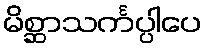
မိစ္ဆာသင်္ကပ္ပါပေ